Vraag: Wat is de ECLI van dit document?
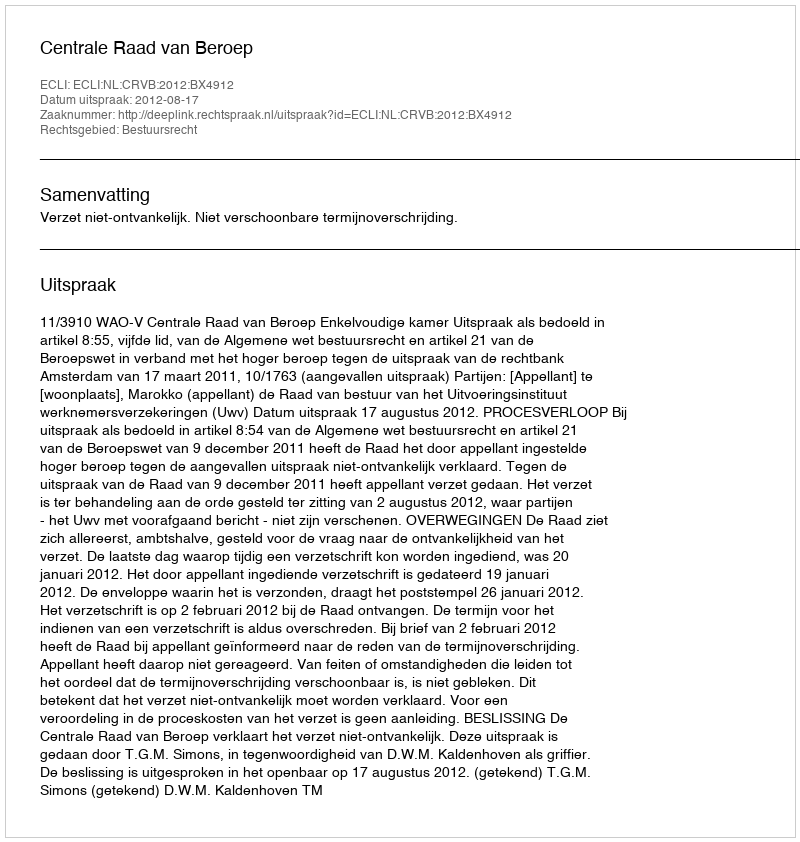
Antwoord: ECLI:NL:CRVB:2012:BX4912